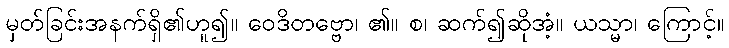
မှတ်ခြင်းအနက်ရှိ၏ဟူ၍။ ဝေဒိတဗ္ဗော၊ ၏။ စ၊ ဆက်၍ဆိုအံ့။ ယသ္မာ၊ ကြောင့်။